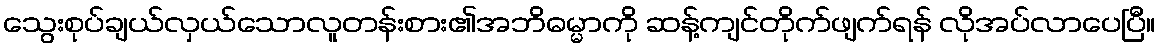
သွေးစုပ်ချယ်လှယ်သောလူတန်းစား၏အဘိဓမ္မာကို ဆန့်ကျင်တိုက်ဖျက်ရန် လိုအပ်လာပေပြီ။